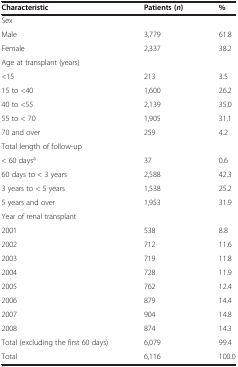
<table><thead><tr><td><b>Characteristic</b></td><td><b>Patients ( <i>n </i>)</b></td><td><b>%</b></td></tr></thead><tbody><tr><td>Sex</td><td> </td><td> </td></tr><tr><td>Male</td><td>3,779</td><td>61.8</td></tr><tr><td>Female</td><td>2,337</td><td>38.2</td></tr><tr><td>Age at transplant (years)</td><td> </td><td> </td></tr><tr><td>&lt;15</td><td>213</td><td>3.5</td></tr><tr><td>15 to &lt;40</td><td>1,600</td><td>26.2</td></tr><tr><td>40 to &lt;55</td><td>2,139</td><td>35.0</td></tr><tr><td>55 to &lt; 70</td><td>1,905</td><td>31.1</td></tr><tr><td>70 and over</td><td>259</td><td>4.2</td></tr><tr><td>Total length of follow-up</td><td> </td><td> </td></tr><tr><td>&lt; 60 days<sup>a</sup></td><td>37</td><td>0.6</td></tr><tr><td>60 days to &lt; 3 years</td><td>2,588</td><td>42.3</td></tr><tr><td>3 years to &lt; 5 years</td><td>1,538</td><td>25.2</td></tr><tr><td>5 years and over</td><td>1,953</td><td>31.9</td></tr><tr><td>Year of renal transplant</td><td> </td><td> </td></tr><tr><td>2001</td><td>538</td><td>8.8</td></tr><tr><td>2002</td><td>712</td><td>11.6</td></tr><tr><td>2003</td><td>719</td><td>11.8</td></tr><tr><td>2004</td><td>728</td><td>11.9</td></tr><tr><td>2005</td><td>762</td><td>12.4</td></tr><tr><td>2006</td><td>879</td><td>14.4</td></tr><tr><td>2007</td><td>904</td><td>14.8</td></tr><tr><td>2008</td><td>874</td><td>14.3</td></tr><tr><td>Total (excluding the first 60 days)</td><td>6,079</td><td>99.4</td></tr><tr><td>Total</td><td>6,116</td><td>100.0</td></tr></tbody></table>